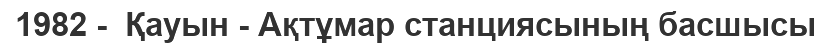
1982 -  Қауын - Ақтұмар станциясының басшысы